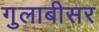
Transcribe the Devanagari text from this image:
गुलाबीसर